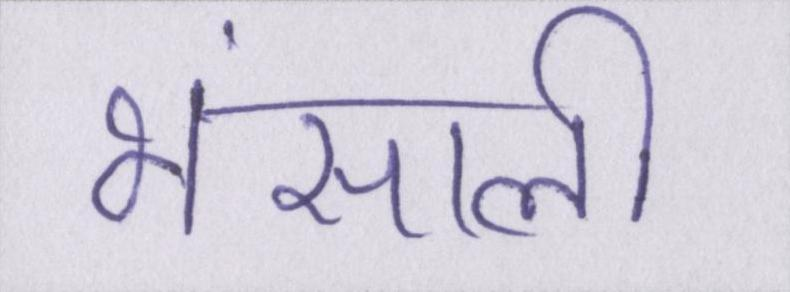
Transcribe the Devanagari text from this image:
भंसाली